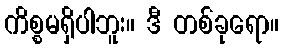
ကိစ္စမရှိပါဘူး။ ဒီ တစ်ခုရော။